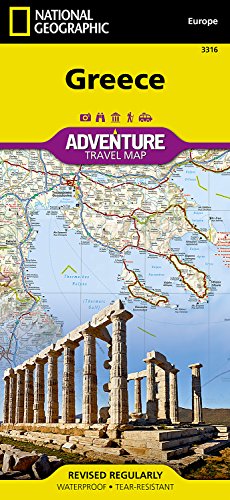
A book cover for Greece (National Geographic Adventure Map); National Geographic Maps - Adventure; Travel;